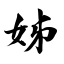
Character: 姊